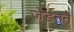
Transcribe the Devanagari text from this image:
जेर्डनने